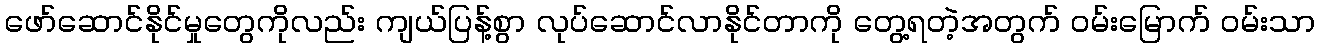
ဖော်ဆောင်နိုင်မှုတွေကိုလည်း ကျယ်ပြန့်စွာ လုပ်ဆောင်လာနိုင်တာကို တွေ့ရတဲ့အတွက် ဝမ်းမြောက် ဝမ်းသာ